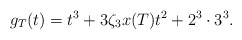
\begin{align*}g_T(t)=t^3+3\zeta_3x(T)t^2+2^3\cdot 3^3.\end{align*}